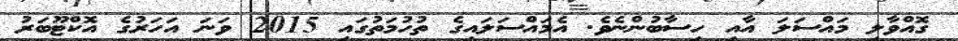
ގޮއްވާލި މައްސަލަ އާއި ހިސާބުންނެވެ. އެމައްސަލައިގެ ތުހުމަތުގައި 2015 ވަނަ އަހަރުގެ އޮކްޓޫބަރު